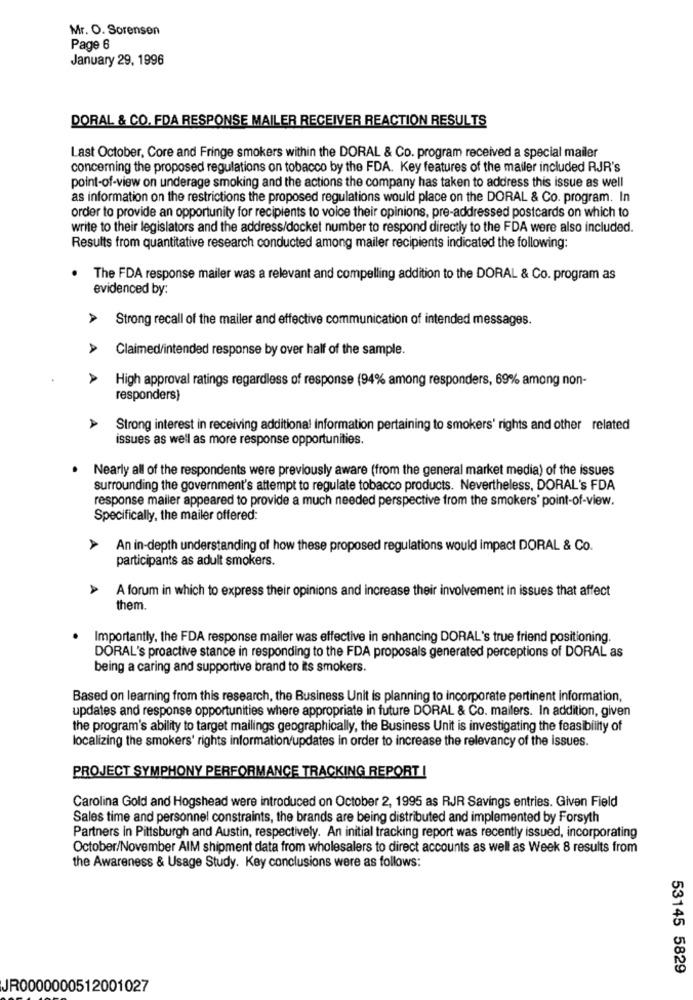
Mr. O. Sorensen
Page 6
January 29, 1996
DORAL & CO. FDA RESPONSE MAILER RECEIVER REACTION RESULTS
Last October, Core and Fringe smokers within the DORAL & Co. program received a special mailer
concerning the proposed regulations on tobacco by the FDA. Key features of the mailer included RJR's
point-of-view on underage smoking and the actions the company has taken to address this issue as well
as information on the restrictions the proposed regulations would place on the DORAL & Co. program. In
order to provide an opportunity for recipients to voice their opinions, pre-addressed postcards on which to
write to their legislators and the address/docket number to respond directly to the FDA were also included.
Results from quantitative research conducted among mailer recipients indicated the following:
The FDA response mailer was a relevant and compelling addition to the DORAL & Co. program as
evidenced by:
A
Strong recall of the mailer and effective communication of intended messages.
A
Claimed/intended response by over half of the sample.
A
High approval ratings regardless of response (94% among responders, 69% among non-
responders)
A
Strong interest in receiving additional information pertaining to smokers' rights and other related
issues as well as more response opportunities.
Nearly all of the respondents were previously aware (from the general market media) of the issues
surrounding the government's attempt to regulate tobacco products. Nevertheless, DORAL's FDA
response mailer appeared to provide a much needed perspective from the smokers' point-of-view.
Specifically, the mailer offered:
A
An in-depth understanding of how these proposed regulations would impact DORAL & Co.
participants as adult smokers.
A
A forum in which to express their opinions and increase their involvement in issues that affect
them.
Importantly, the FDA response mailer was effective in enhancing DORAL's true friend positioning.
DORAL's proactive stance in responding to the FDA proposals generated perceptions of DORAL as
being a caring and supportive brand to its smokers.
Based on learning from this research, the Business Unit is planning to incorporate pertinent Information,
updates and response opportunities where appropriate in future DORAL & Co. mailers. In addition, given
the program's ability to target mailings geographically, the Business Unit is investigating the feasibility of
localizing the smokers' rights information/updates in order to increase the relevancy of the issues.
PROJECT SYMPHONY PERFORMANCE TRACKING REPORT !
Carolina Gold and Hogshead were introduced on October 2, 1995 as RJR Savings entries. Given Field
Sales time and personnel constraints, the brands are being distributed and implemented by Forsyth
Partners in Pittsburgh and Austin, respectively. An initial tracking report was recently issued, incorporating
October/November AIM shipment data from wholesalers to direct accounts as well as Week 8 results from
the Awareness & Usage Study. Key conclusions were as follows:
53145 5829
JR0000000512001027